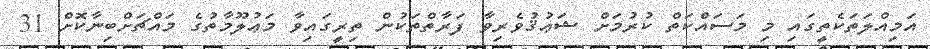
އަމިއްލަތަކެތީގައި މި މަސައްކަތް ކުރުމަށް ޝަޢުޤުވެރިވާ ފަރާތްތަކުން ތިރީގައިވާ މަޢުލޫމާތުގެ މައްޗަށްބިނާކޮށް 31